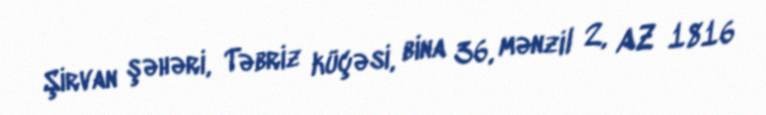
Şirvan şəhəri, Təbriz küçəsi, bina 36, mənzil 2, AZ 1816